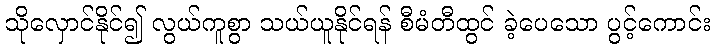
သိုလှောင်နိုင်၍ လွယ်ကူစွာ သယ်ယူနိုင်ရန် စီမံတီထွင် ခဲ့ပေသော ပွင့်ကောင်း